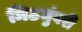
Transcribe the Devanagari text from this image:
मिठमुंबरी